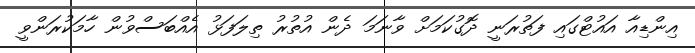
އިންޑިއާ އައުޓްގައި ފަތުރަނީ ދޮގުކަމަށް ވާނަމަ ދެން އުތުރު ތިލަފަޅު އެއްބަސްވުން ހާމަކުރަންވީ